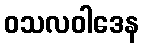
ဝသလဝါဒေန